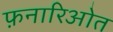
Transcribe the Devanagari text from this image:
फ़नारिओत